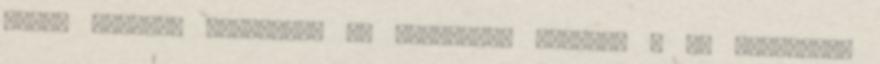
Helyi tanterv Ének-zene az általános iskolák 5 8. évfolyama